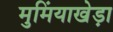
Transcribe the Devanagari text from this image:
मुमिंयाखेड़ा